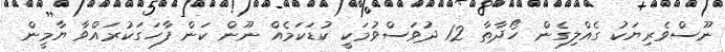
ނޫސްވެރިޔަކު ގެއްލިގެން ހޯދާތާ 12 ދުވަސްވުމަކީ ކުޑަކަމެއް ނޫން ކަން ފާހަގަކުރައްވާ ޔާމީން